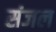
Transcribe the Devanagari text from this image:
संजल